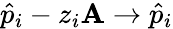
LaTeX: \hat{p}_{i}-z_{i}\mathbf{A}\rightarrow\hat{p}_{i}